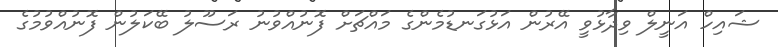
ޝައިހް އަނީލް ވިދާޅުވީ އޭރުން އަޅުގަނޑުމެންގެ މައްޗަށް ފޮނުއްވުނު ރަސޫލު ބޭކަލުން ފޮނުއްވުމުގެ